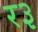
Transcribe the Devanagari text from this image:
र३